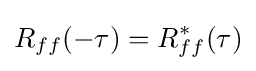
R_{ff}(-\tau )=R_{ff}^{*}(\tau )